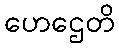
ဟေဌေတိ